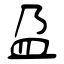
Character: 盁